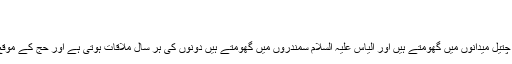
تاریخ اشاعت : 2014-05-20
مشاہدات : 585
مشہور ہے کہ خضر علیہ السلام زندہ ہیں، صحراؤں اور چتیل میدانوں میں گھومتے ہیں اور الیاس علیہ السلام سمندروں میں گھومتے ہیں دونوں کی ہر سال ملاقات ہوتی ہے اور حج کے موقع پر وہ سرمنڈھاتے ہیں، کیا اس کی کوئی قوی دلیل ہے؟